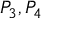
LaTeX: P _ { 3 } , P _ { 4 }